Alma_Vaarman, lk 21
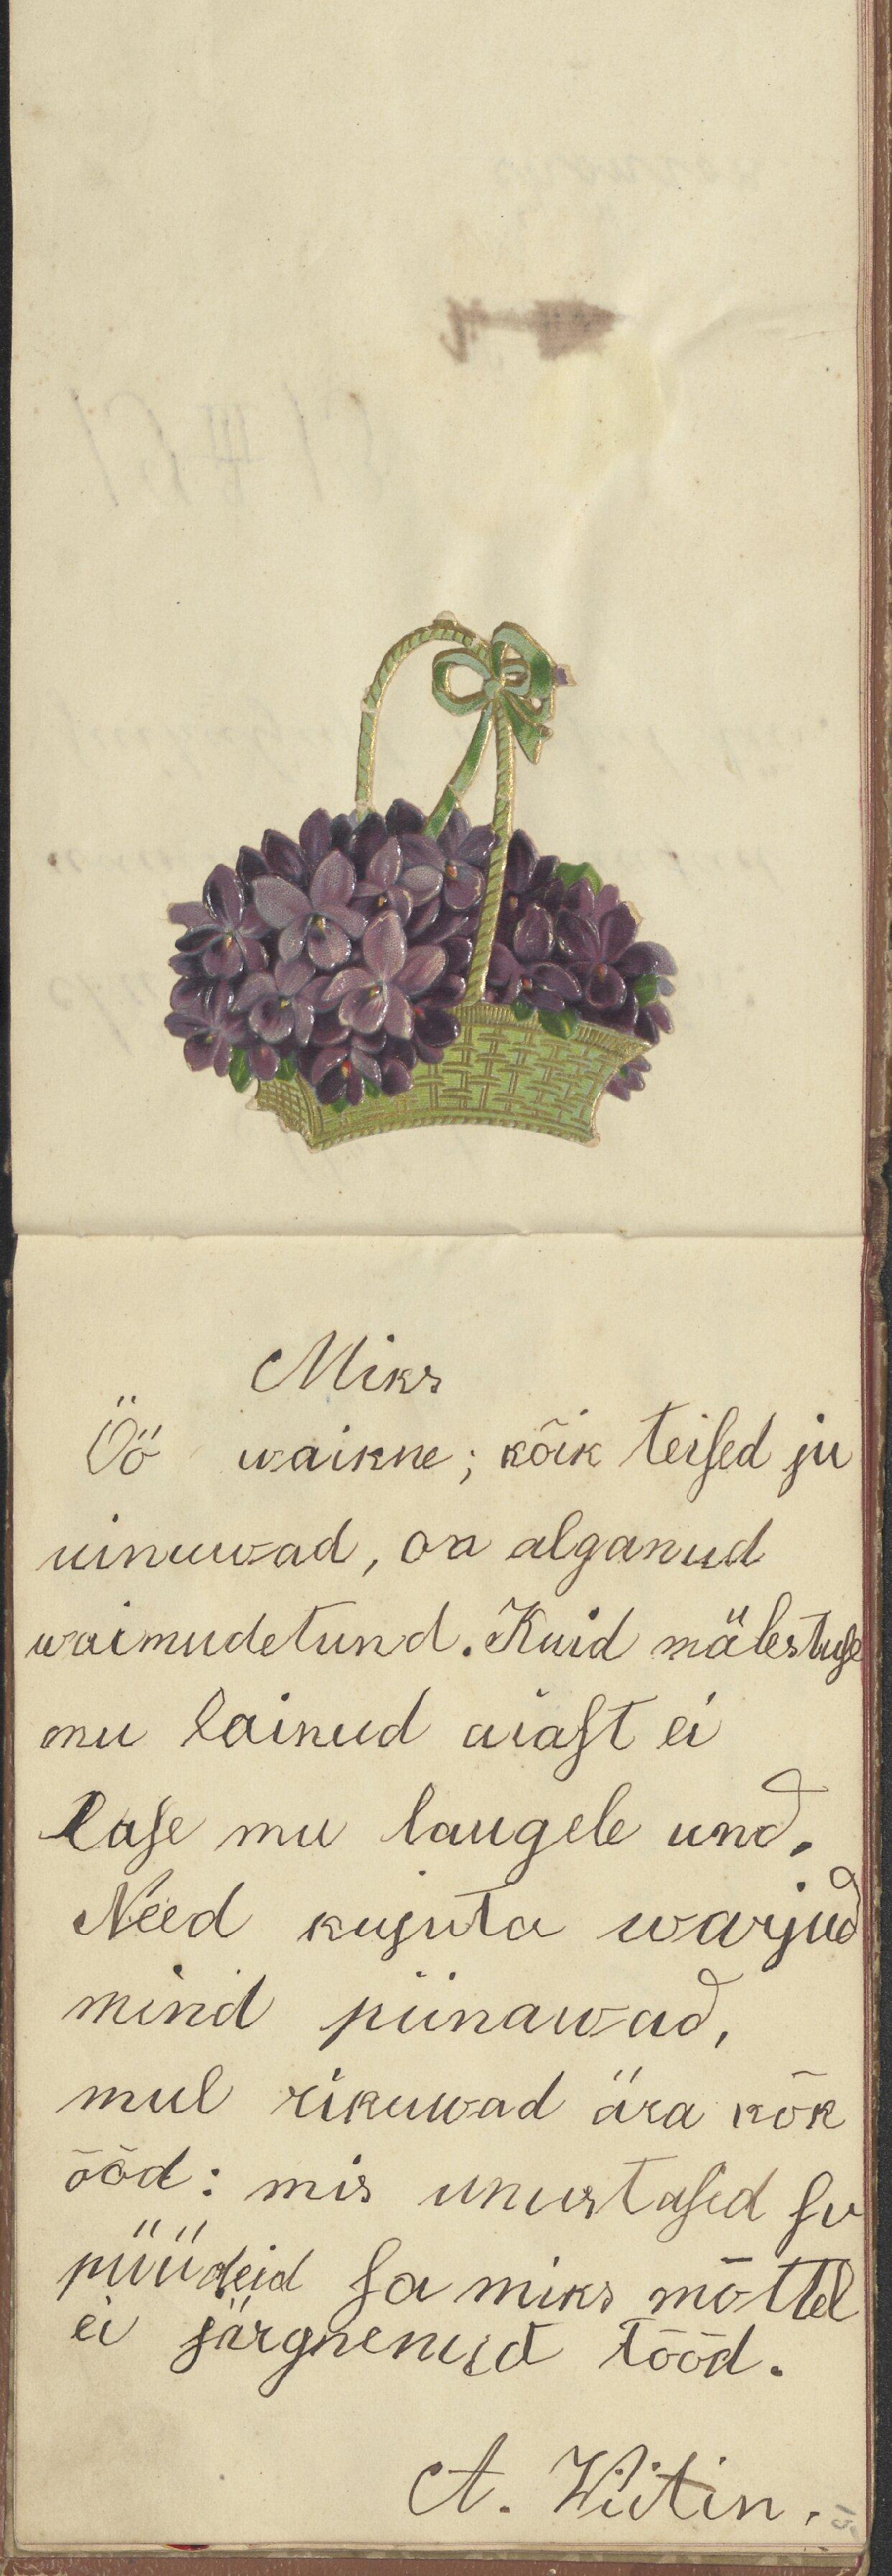
Miks
Öö waikne; kõik teised ju
uinuwad, on alganud
waimudetund. Kuid mälestuse
mu lainud aiast ei
lase mu laugele und.
Need kujuta warjud
mind piinawad,
mul rikuwad ära kõk
ööd: mis unustasid su
püüdeid sa miks mõttel
ei järgnenud tööd.
A. Wiitin.